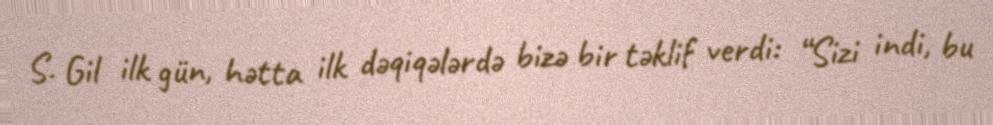
S. Gil ilk gün, hətta ilk dəqiqələrdə bizə bir təklif verdi: “Sizi indi, bu